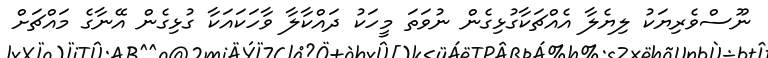
ނޫސްވެރިޔަކު ލިޔެލާ އެއްޗަކާގުޅިގެން ނުވަތަ މީހަކު ދައްކާލާ ވާހަކައަކާ ގުޅިގެން އޭނާގެ މައްޗަށް